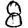
Digit: 8